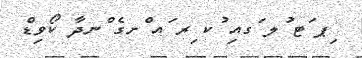
ިޕ ަޓ ުލ ަގއި ުކ ިރ ައ ްށގެ ްނދާ ކޯވިޑްެ